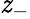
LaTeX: \mathit{z}_{-}